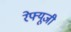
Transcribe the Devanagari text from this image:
रेफ्यूजी